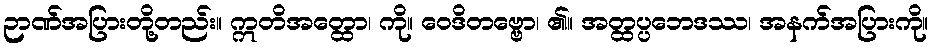
ဉာဏ်အပြားတို့တည်း။ ဣတိအတ္ထော၊ ကို။ ဝေဒိတဗ္ဗော၊ ၏။ အတ္ထပ္ပဘေဒဿ၊ အနက်အပြားကို။